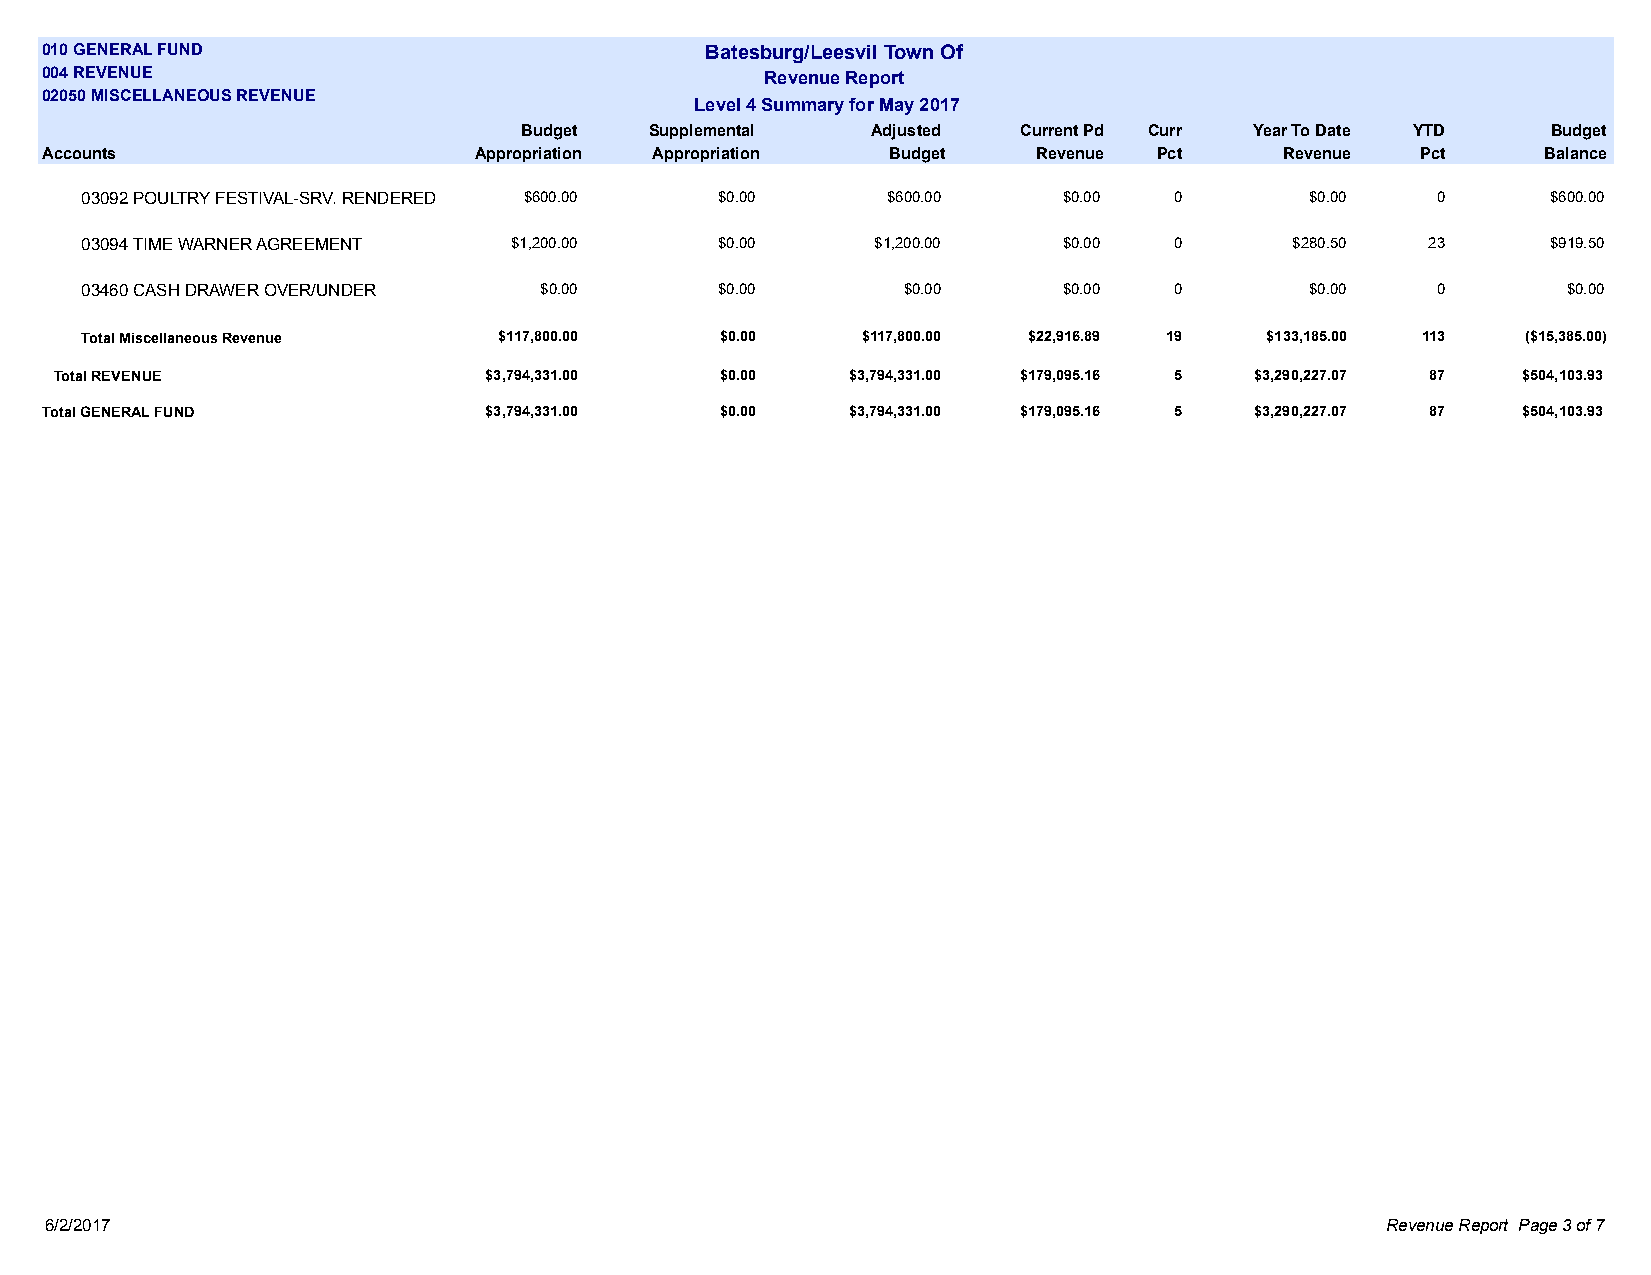
010 GENERAL FUND                            Batesburg/Leesvil Town Of
 004 REVENUE                                     Revenue Report
 02050 MISCELLANEOUS REVENUE
 Level 4 Summary for May 2017
 Budget  Supplemental   Adjusted  Current Pd Curr Year To Date YTD   Budget
 Accounts                    Appropriation Appropriation Budget    Revenue Pct     Revenue  Pct     Balance
 03092 POULTRY FESTIVAL-SRV. RENDERED $600.00 $0.00    $600.00    $0.00   0        $0.00   0       $600.00
 03094 TIME WARNER AGREEMENT  $1,200.00     $0.00     $1,200.00   $0.00   0       $280.50  23      $919.50
 03460 CASH DRAWER OVER/UNDER   $0.00       $0.00       $0.00     $0.00   0        $0.00   0        $0.00
 Total Miscellaneous Revenue $117,800.00    $0.00    $117,800.00 $22,916.89 19  $133,185.00 113  ($15,385.00)
 Total REVENUE               $3,794,331.00   $0.00   $3,794,331.00 $179,095.16 5 $3,290,227.07 87 $504,103.93
 Total GENERAL FUND           $3,794,331.00   $0.00   $3,794,331.00 $179,095.16 5 $3,290,227.07 87 $504,103.93
 6/2/2017                                                                                 Revenue Report Page 3 of 7